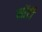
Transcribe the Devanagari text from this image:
साॅर्टी